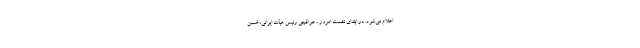
اعلام می‌شود. در ابتدای نشست امروز ، عراقچی رئیس هیأت ایرانی، ضمن